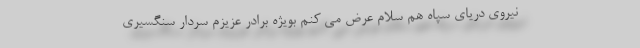
نیروی دریای سپاه هم سلام عرض می کنم بویژه برادر عزیزم سردار سنگسیری